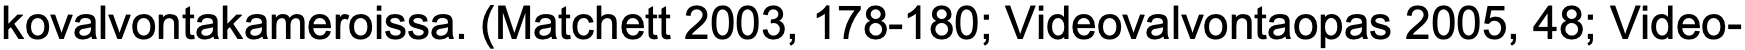
kovalvontakameroissa. (Matchett 2003, 178-180; Videovalvontaopas 2005, 48; Video-